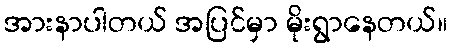
အားနာပါတယ် အပြင်မှာ မိုးရွာနေတယ်။